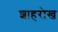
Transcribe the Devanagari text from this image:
शाहरोख